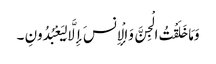
وَمَا خَلَقْتُ الْجِنَّ وَالْإِنسَ إِلَّا لِیَعْبُدُونِ ۔